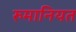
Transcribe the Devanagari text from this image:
रुमानियत